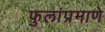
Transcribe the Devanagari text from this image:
फुलांप्रमाणे